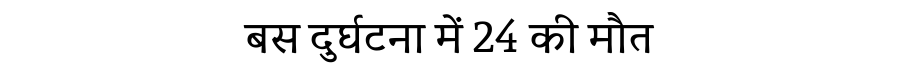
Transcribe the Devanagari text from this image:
बस दुर्घटना में 24 की मौत